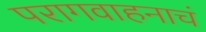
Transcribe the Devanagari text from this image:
परागवाहनाचं